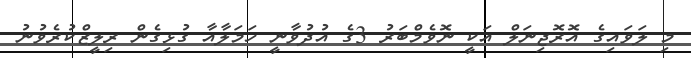
މި ލަވައިގެ އޮރޮޖިނަލް އަކީ ނޮވެމްބަރު 3ގެ އުދުވާނީ ހަމަލާއާ ގުޅިގެން ރިލީޒްކުރެވުނު